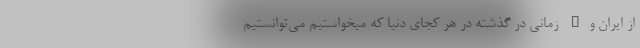
از ایران و… زمانی در گذشته در هر کجای دنیا که میخواستیم می‌توانستیم